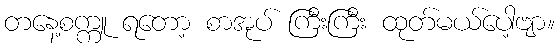
တနေ့စက္ကူ ရတော့ စာအုပ် ကြီးကြီး ထုတ်မယ်ပေါ့ဗျာ။